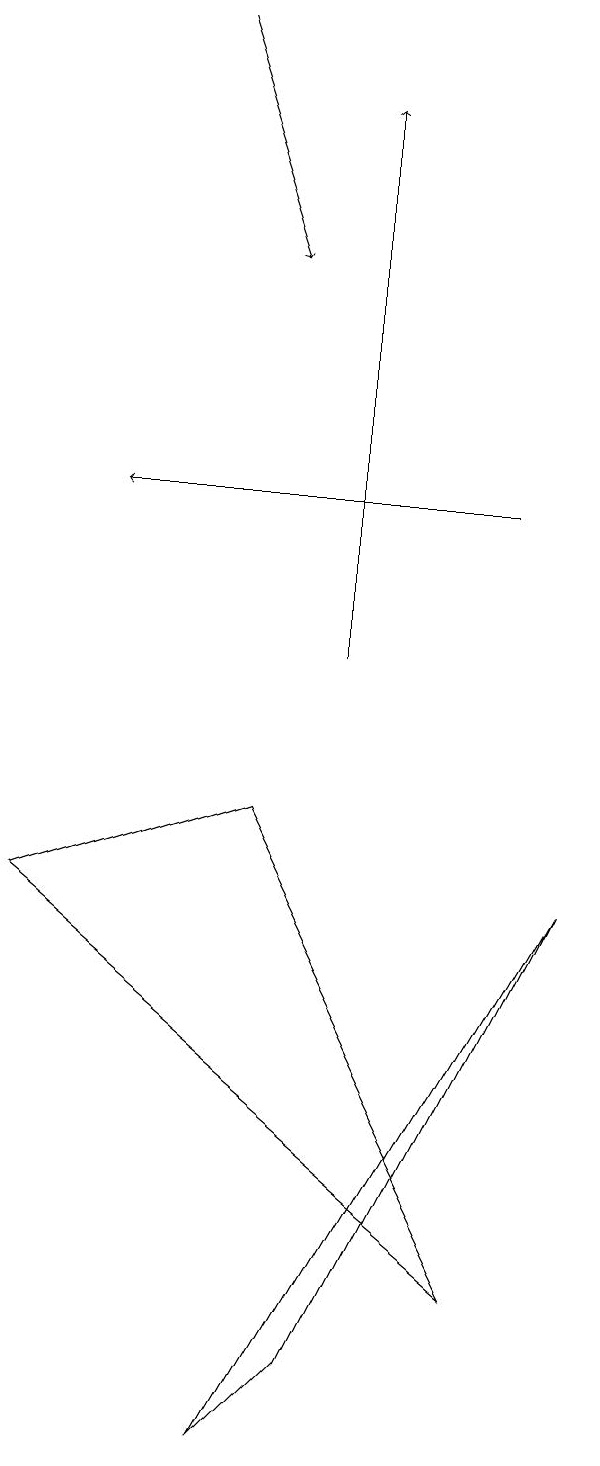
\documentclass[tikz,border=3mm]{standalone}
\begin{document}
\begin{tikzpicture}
\draw[->] (7,12) -- (2,12);
\draw (4,0) -- (8,7) -- (5,1) -- cycle;
\draw[->] (3,18) -- (4,15);
\draw (1,7) -- (7,2) -- (4,8) -- cycle;
\draw[->] (5,10) -- (5,17);
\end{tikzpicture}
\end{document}